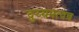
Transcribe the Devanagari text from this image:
दुय्यमत्वच